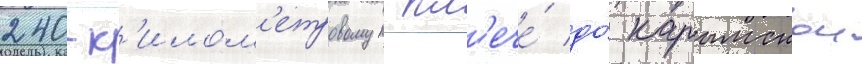
240-к'илом'етровом пл'ече́ до́ карымскои